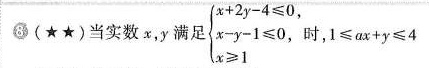
8(★★)当实数x，y满足| $$\begin{cases} x+2y-4 \leqslant 0 \\\\ x-y-1 \leqslant 0, \\\\ x \geqslant 1 \end{cases}$$ 时，1≤ax+y≤4